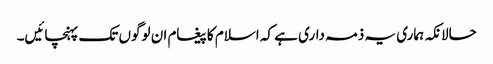
حالانکہ ہماری یہ ذمہ داری ہے کہ اسلام کا پیغام ان لوگوں تک پہنچائیں۔